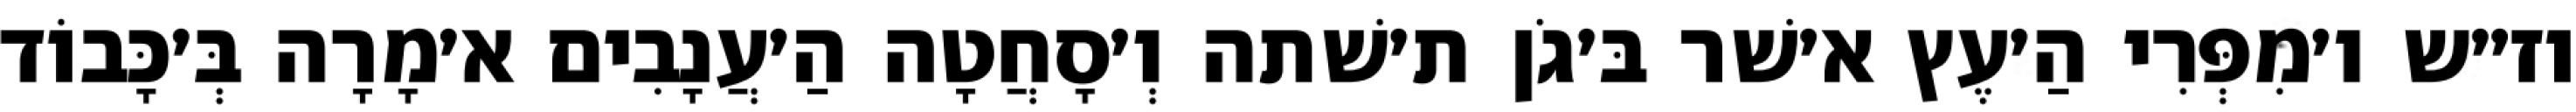
וז״ש ו׳מִפְּרִי הַ׳עֶץ א׳שׁר בּ׳גֹן ת׳שׁתה וְ׳סָחֲטָה הַ׳עֲנָבִים א׳מָרָה בְּ׳כָּבוֹד